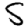
Digit: 5